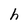
Character: h